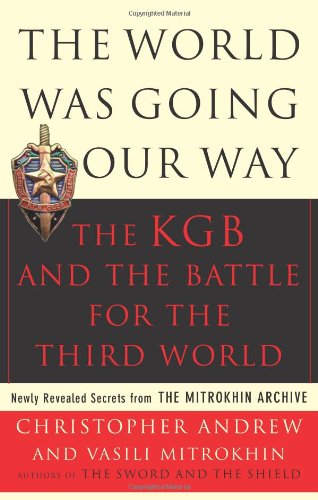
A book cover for The World Was Going Our Way: The KGB and the Battle for The Third World, Vol. 2; Christopher Andrew; History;